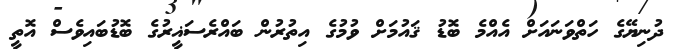
ދުނިޔޭގެ ހަތްވަނައަށް އެއްމެ ބޮޑު ޤައުމަށް ވުމުގެ އިތުރުން ބައްރެސަޣީރުގެ ބޮޑުބައިވެސް އޮތީ